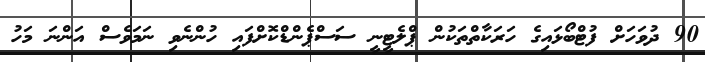
90 ދުވަހަށް ފުޓްބޯޅައިގެ ހަރަކާތްތަކުން ޕްލެޓީނީ ސަސްޕެންޑްކޮށްފައި ހުންނެވި ނަމަވެސް އަންނަ މަހު